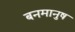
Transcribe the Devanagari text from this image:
बनमानुष